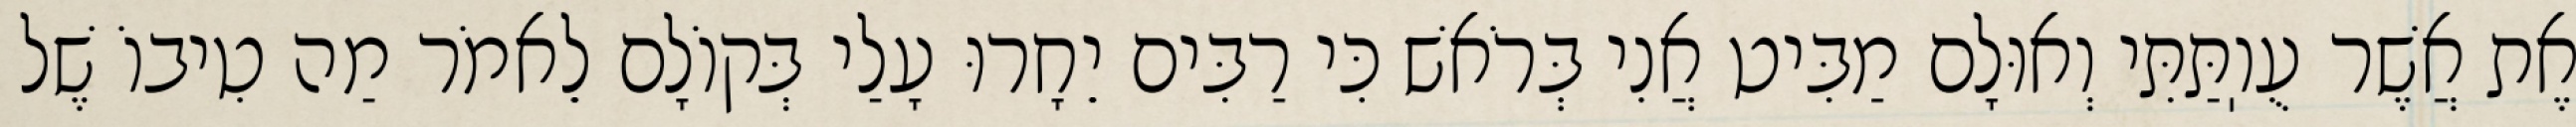
אֶת אֲשֶׁר עֻוֽתַּתִּי וְאוּלָם מַבִּיט אֲנִי בְּרֹאשׁ כִּי רַבִּים יֵחָרוּ עָלַי בְּקוֹלָם לֵאמֹר מַה טִיבוֹ שֶׁל